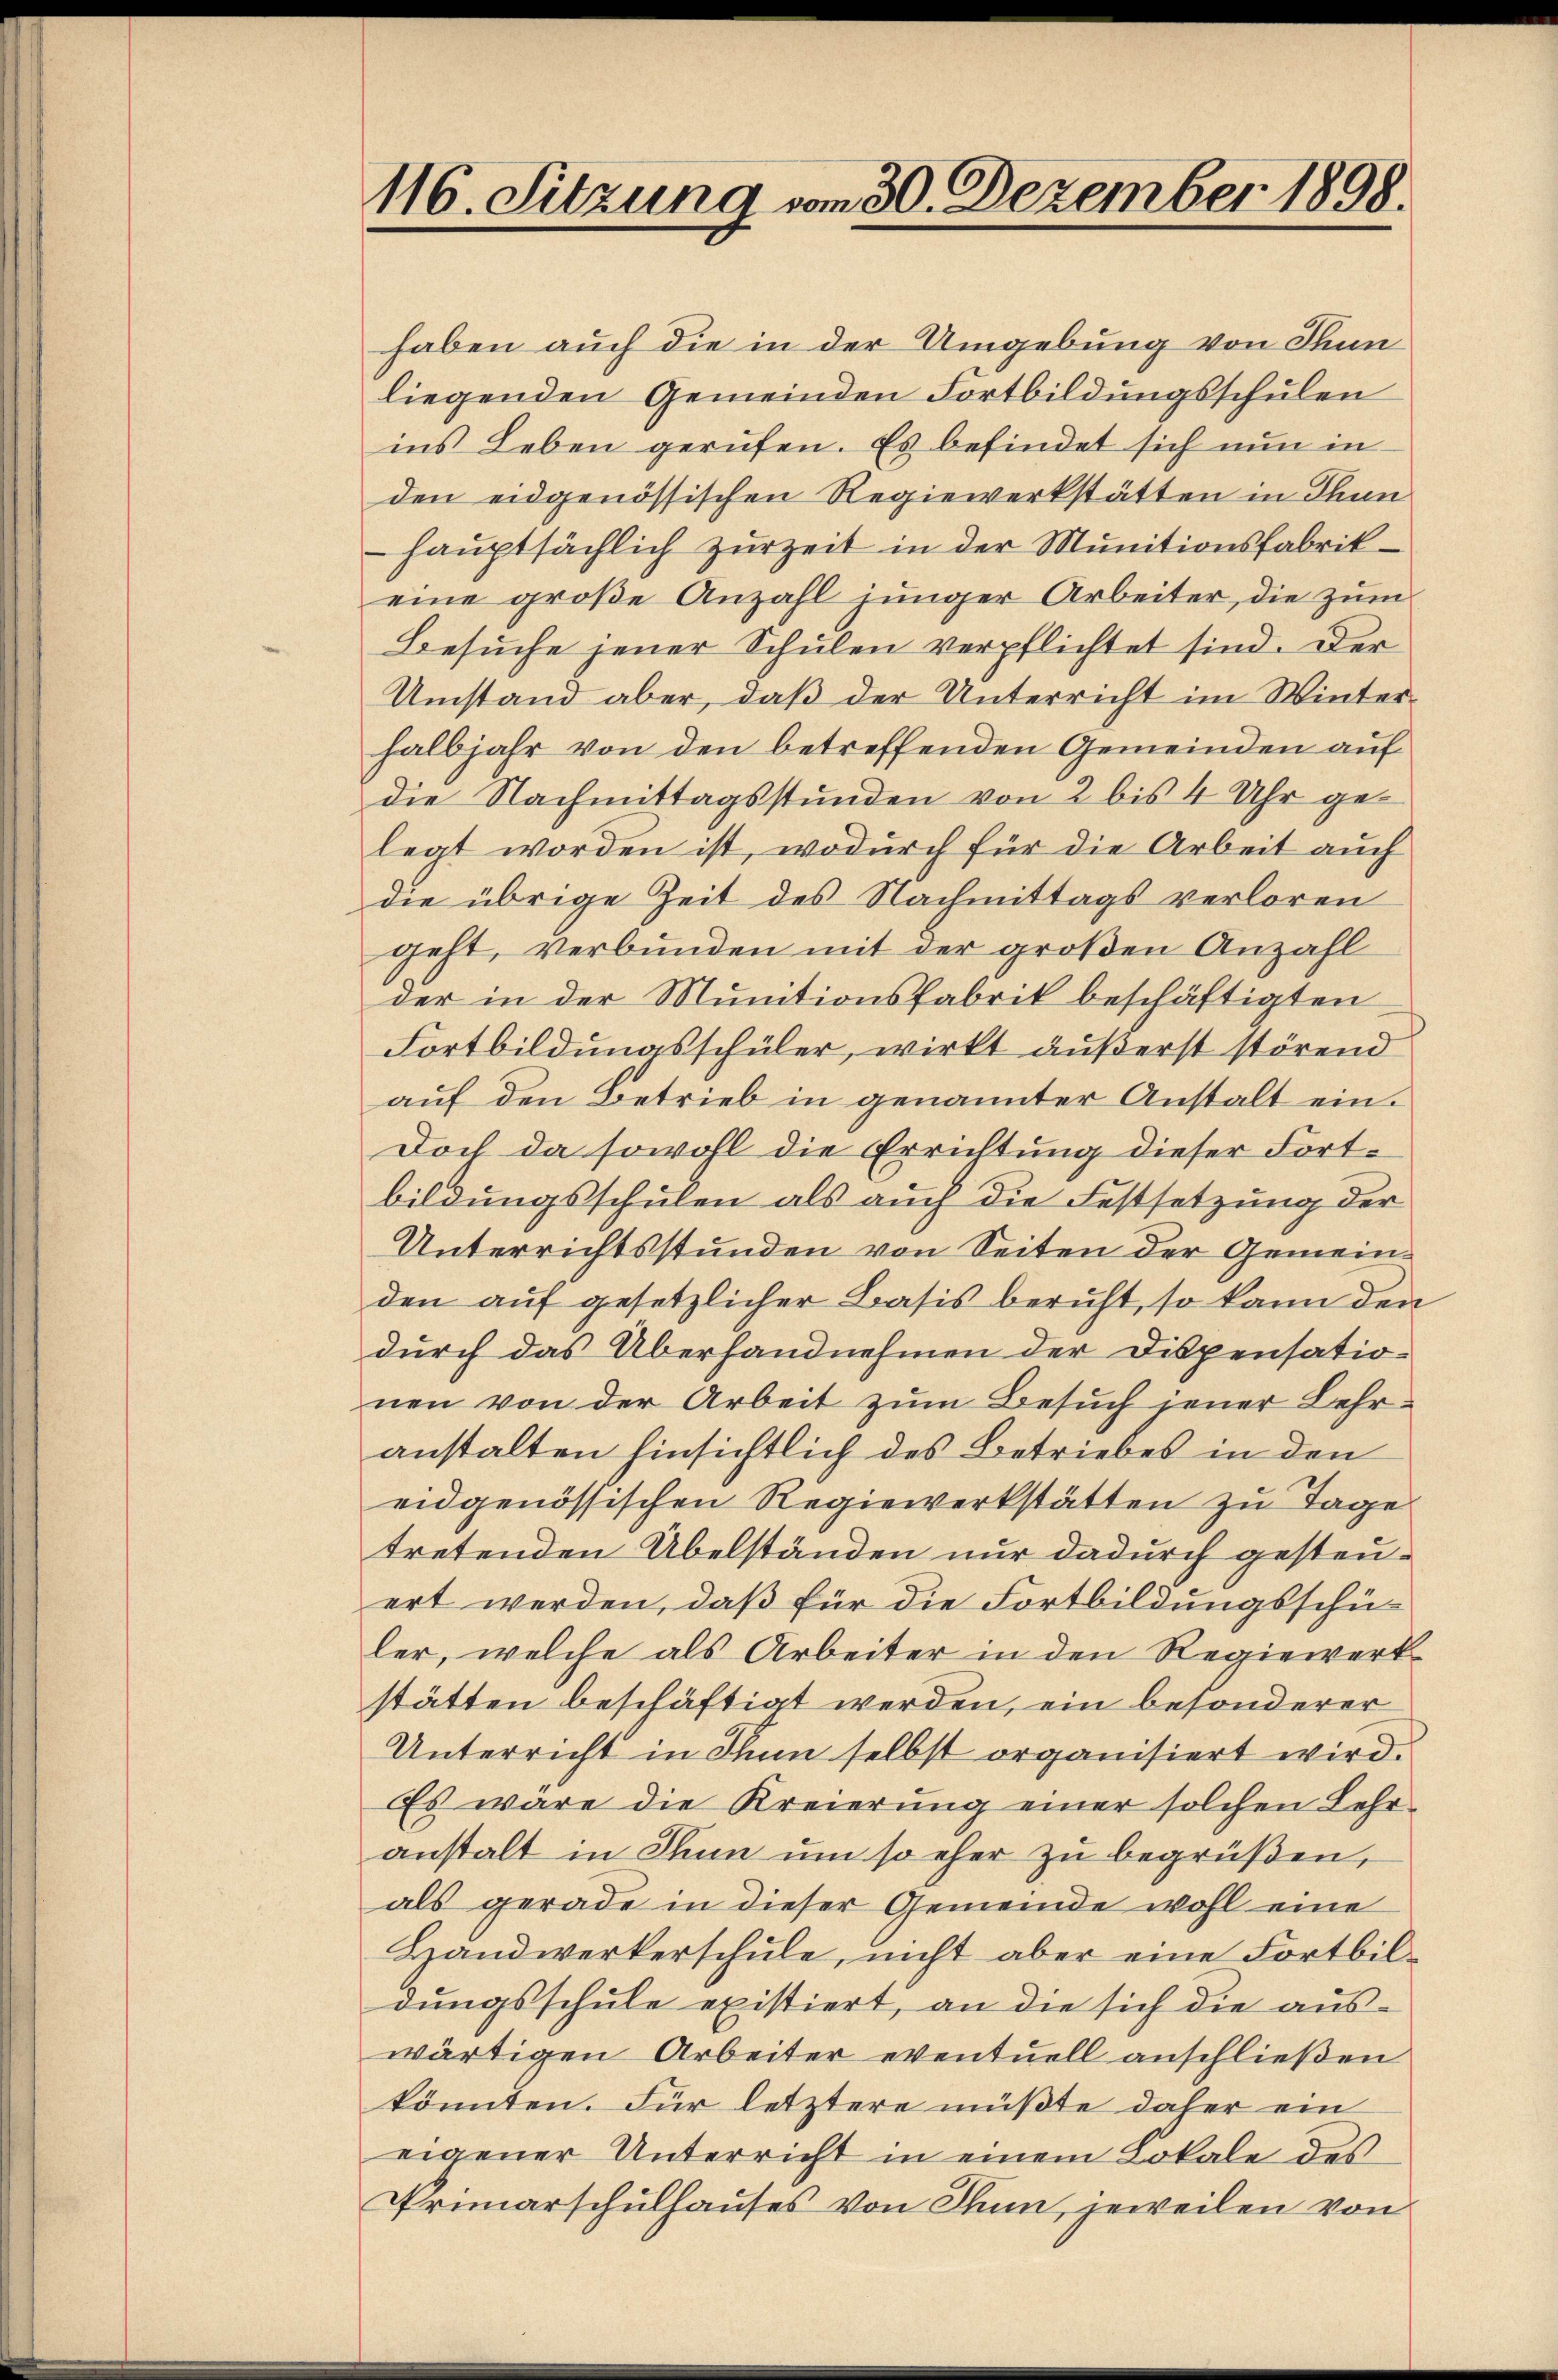
116. Sitzung vom 30. Dezember 1898.

haben auch die in der Umgebung von Stun
liegenden Gemeinden Fortbildungsschulen
ins Leben gerufen. Es befindet sich nun in
den eidgenössischen Regiewerkstätten in Thun
hauptsächlich zur Zeit in der Munitionsfabrikeine große Anzahl junger Arbeiter, die zum
Besuche jener Schulen verpflichtet sind. Der
Umstand aber, daß der Unterricht im Winterhalbjahr von den betreffenden Gemeinden auf
die Nachmittagsstunden von 2 bis 4 Uhr gelegt worden ist, wodurch für die Arbeit auch
die übrige Zeit des Nachmittags verloren
geht, verbunden mit der großen Anzahl
der in der Munitionsfabrik beschäftigten
Fortbildungsschüler, wirkt äußerst störend
auf den Betrieb in genannter Anstalt ein¬
Doch da sowohl die Errichtung dieser Fortbildungsschulen als auch die Festsetzung der
Unterrichtsstunden von Seiten der Gemeinden auf gesetzlicher Basis beruht, so kann den
durch das Überhandnehmen der Dispensationen von der Arbeit zum Besuch jener Lehranstalten hinsichtlich des Betriebes in den
eidgenössischen Regiewerkstätten zu Tage
tretenden Übelständen nur dadurch gesteuert werden, daß für die Fortbildungsschüler, welche als Arbeiter in den Regiewerkstätten beschäftigt werden, ein besonderer
Unterricht in Thun selbst organisiert wird.
Es wäre die Kreierung einer solchen Lehranstalt in Thun um so eher zu begrüßen,
als gerade in dieser Gemeinde wohl eine
Handwerkerschule, nicht aber eine Fortbildungsschule existiert, an die sich die aus-
wärtigen Arbeiter eventuell anschließen
könnten. Für letztere müßte daher ein
eigener Unterricht in einem Lokale des
Primarschulhauses von Thun, jeweilen von